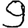
Digit: 9